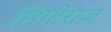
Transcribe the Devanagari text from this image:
सिंगीराज